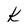
Character: k